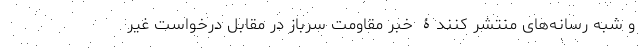
و شبه رسانه‌های منتشر کنندۀ خبر مقاومت سرباز در مقابل درخواست غیر